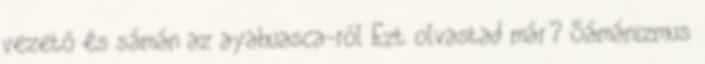
vezető és sámán az ayahuasca-ról Ezt olvastad már? Sámánizmus